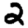
Digit: 2